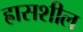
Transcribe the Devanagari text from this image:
ह्रासशील